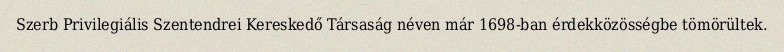
Szerb Privilegiális Szentendrei Kereskedő Társaság néven már 1698-ban érdekközösségbe tömörültek.